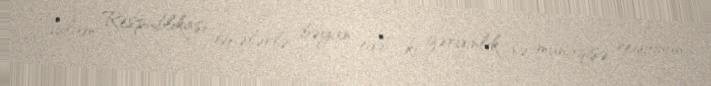
“İslam Respublikası dəfələrlə bəyan edib ki, gərginlik və münaqişə regionun